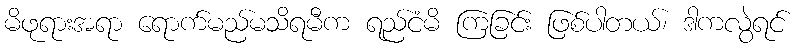
မိဖုရားအရာ ရောက်မည်မသိရမီက ရည်ငံမိ ကြခြင်း ဖြစ်ပါတယ်၊ ဒါကလွဲရင်